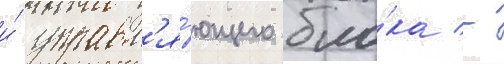
и́ управл'я́ющего бло́ка -